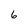
Character: 6